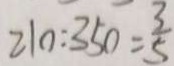
2 1 0 : 3 5 0 = \frac { 3 } { 5 }